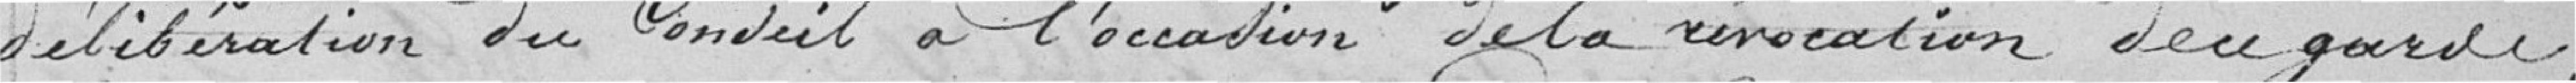
délibération du Conseil à l'occasion de la révocation du garde ;